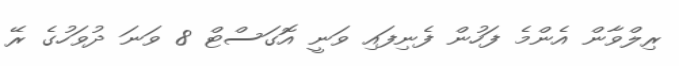
ރިލްވާން އެންމެ ފަހުން ފެނިފައި ވަނީ އޮގަސްޓް 8 ވަނަ ދުވަހުގެ ރޭ